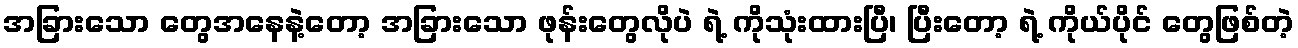
အခြားသော တွေအနေနဲ့တော့ အခြားသော ဖုန်းတွေလိုပဲ ရဲ့ ကိုသုံးထားပြီ၊ ပြီးတော့ ရဲ့ ကိုယ်ပိုင် တွေဖြစ်တဲ့